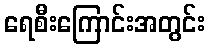
ရေစီးကြောင်းအတွင်း